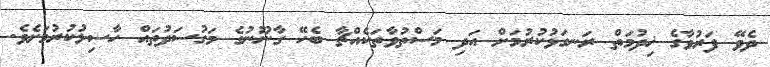
ދެވޭ ފަރުވާގެ ޚިދުމަތް ރަނގަޅުކުރުމަށް އަދި މަސްތުވާތަކެއްޗާ ބެހޭ ގާނޫނުގެ މަގުސަދުތައް ހާސިލުކުރުމަށެވެ.